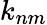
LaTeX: k_{nm}